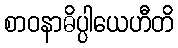
စာဝနာဓိပ္ပါယေဟီတိ